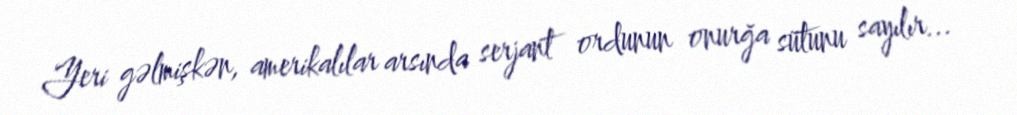
Yeri gəlmişkən, amerikalılar arsında serjant ordunun onurğa sütunu sayılır...